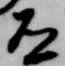
道